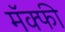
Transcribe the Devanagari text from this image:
मॅक्फी